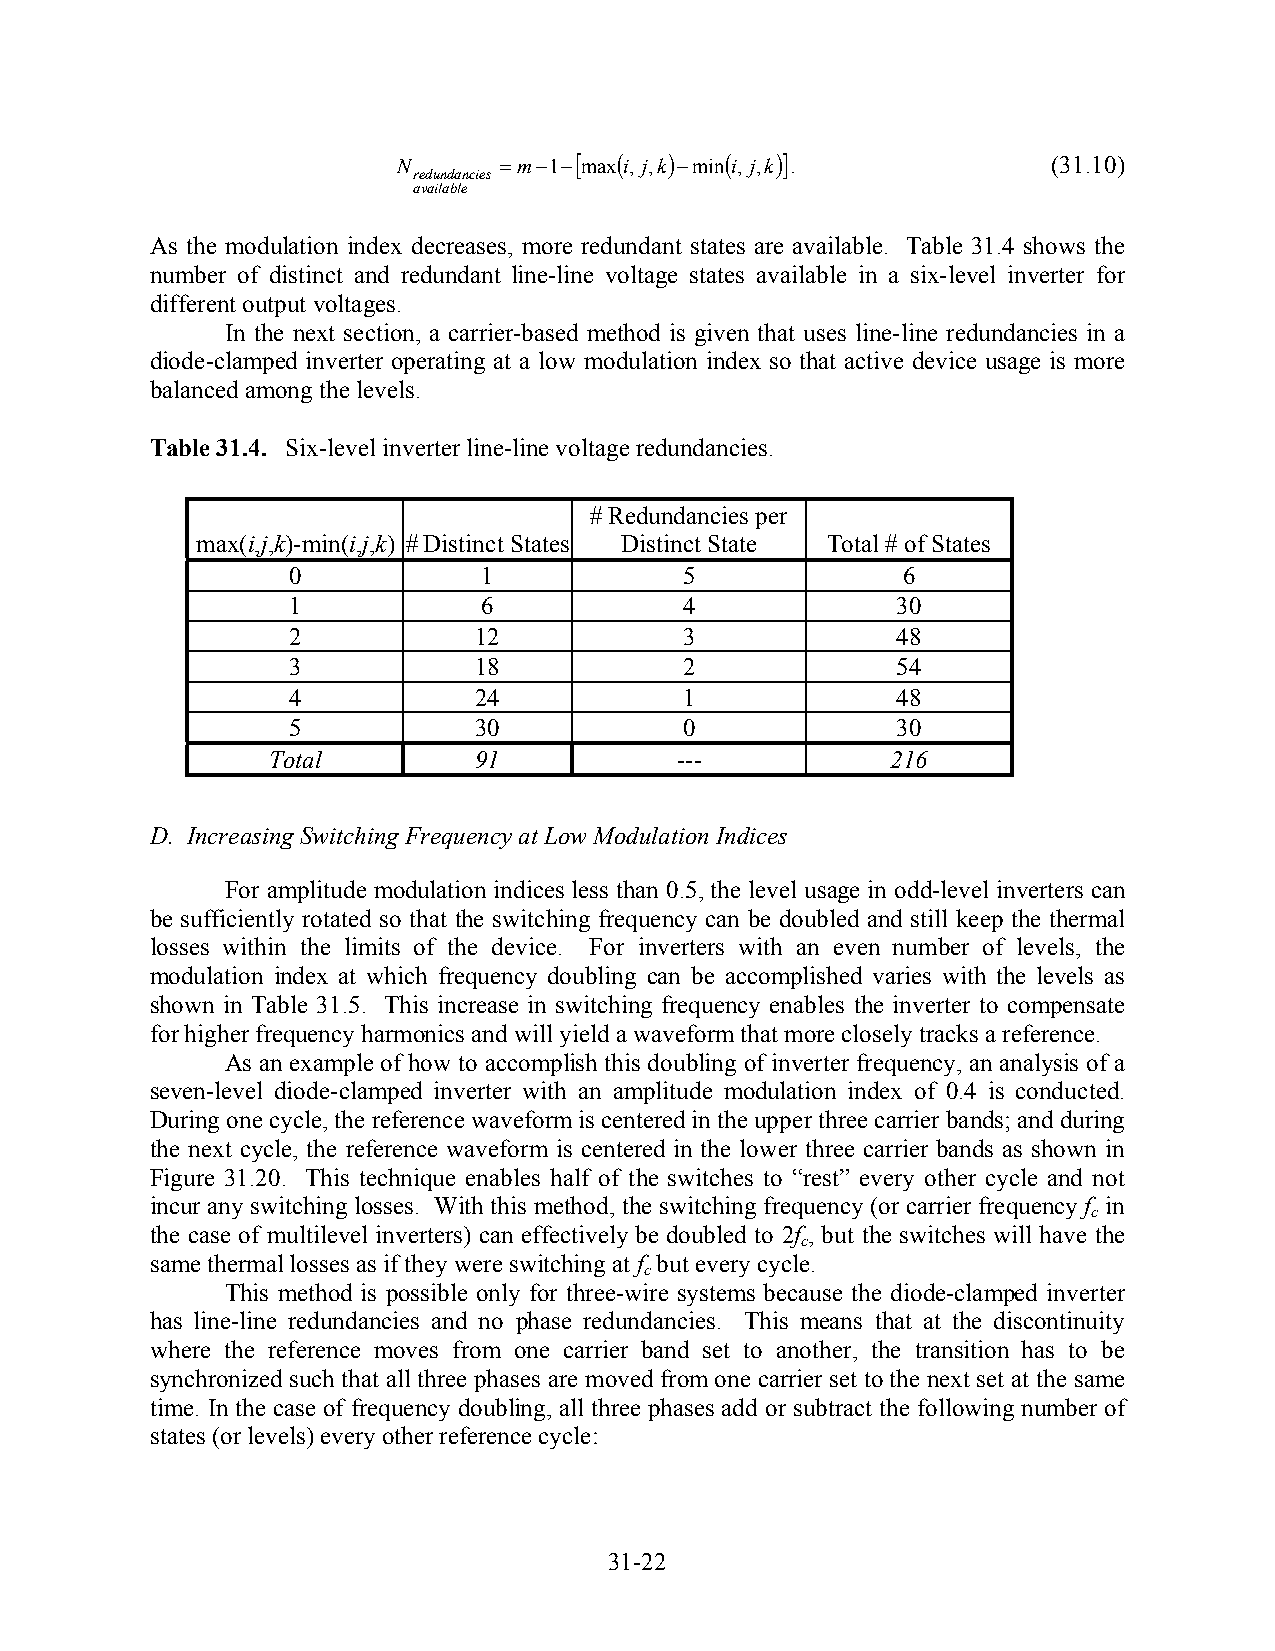
N      =m−1−[ max(i, j,k)−min(i, j,k)].     (31.10)
 redundancies
 available
 As the modulation index decreases, more redundant states are available. Table 31.4 shows the
 number of distinct and redundant line-line voltage states available in a six-level inverter for
 different output voltages.
 In the next section, a carrier-based method is given that uses line-line redundancies in a
 diode-clamped inverter operating at a low modulation index so that active device usage is more
 balanced among the levels.
 Table 31.4. Six-level inverter line-line voltage redundancies.
 # Redundancies per
 max(i,j,k)-min(i,j,k) # Distinct States Distinct State Total # of States
 0            1            5              6
 1            6            4             30
 2           12            3             48
 3           18            2             54
 4           24            1             48
 5           30            0             30
 Total        91            ---           216
 D. Increasing Switching Frequency at Low Modulation Indices
 For amplitude modulation indices less than 0.5, the level usage in odd-level inverters can
 be sufficiently rotated so that the switching frequency can be doubled and still keep the thermal
 losses within the limits of the device. For inverters with an even number of levels, the
 modulation index at which frequency doubling can be accomplished varies with the levels as
 shown in Table 31.5. This increase in switching frequency enables the inverter to compensate
 for higher frequency harmonics and will yield a waveform that more closely tracks a reference.
 As an example of how to accomplish this doubling of inverter frequency, an analysis of a
 seven-level diode-clamped inverter with an amplitude modulation index of 0.4 is conducted.
 During one cycle, the reference waveform is centered in the upper three carrier bands; and during
 the next cycle, the reference waveform is centered in the lower three carrier bands as shown in
 Figure 31.20. This technique enables half of the switches to “rest” every other cycle and not
 incur any switching losses. With this method, the switching frequency (or carrier frequency f in
 c
 the case of multilevel inverters) can effectively be doubled to 2f , but the switches will have the
 c
 same thermal losses as if they were switching at f but every cycle.
 c
 This method is possible only for three-wire systems because the diode-clamped inverter
 has line-line redundancies and no phase redundancies. This means that at the discontinuity
 where the reference moves from one carrier band set to another, the transition has to be
 synchronized such that all three phases are moved from one carrier set to the next set at the same
 time. In the case of frequency doubling, all three phases add or subtract the following number of
 states (or levels) every other reference cycle:
 31-22